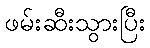
ဖမ်းဆီးသွားပြီး